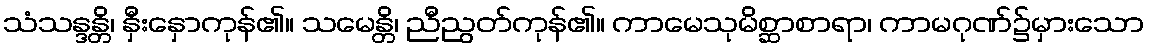
သံသန္ဒန္တိ၊ နှီးနှောကုန်၏။ သမေန္တိ၊ ညီညွတ်ကုန်၏။ ကာမေသုမိစ္ဆာစာရာ၊ ကာမဂုဏ်၌မှားသော